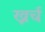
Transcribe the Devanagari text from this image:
ख्रर्च